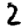
Digit: 2